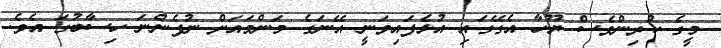
މީގެ ކުރިންވެސް ޔޫހާ އެގޭގައި އުޅެފައިވަނީ އޭނަގެ މަންމައަށް ނުފެންނަ ހިސާބުގަ އެވެ.